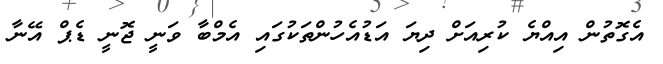
އެގޮތުން އިއްޔެ ކުރިއަށް ދިޔަ އަޑުއެހުންތަކުގައި އެމްބާ ވަނީ ޖޮނީ ޑެޕް އޭނާ